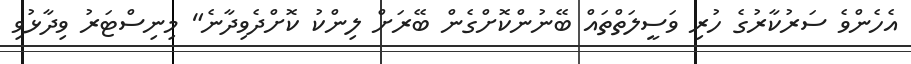
އެހެންވެ ސަރުކާރުގެ ހުރި ވަސީލަތްތައް ބޭނުންކޮށްގެން ބޭރަށް ލިންކު ކޮށްދެވިދާނެ" މިނިސްޓަރު ވިދާޅުވި